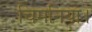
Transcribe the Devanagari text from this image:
चिमनिया।